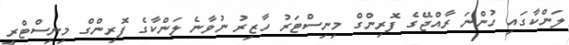
ލަންކާގައި ހުންނަ ރާއްޖޭގެ ފޮރިންގް މިނިސްޓަރު ހާޒިރު ނުވާނެ ލަންކާގެ ފޮރިންގް މިނިސްޓްރީ